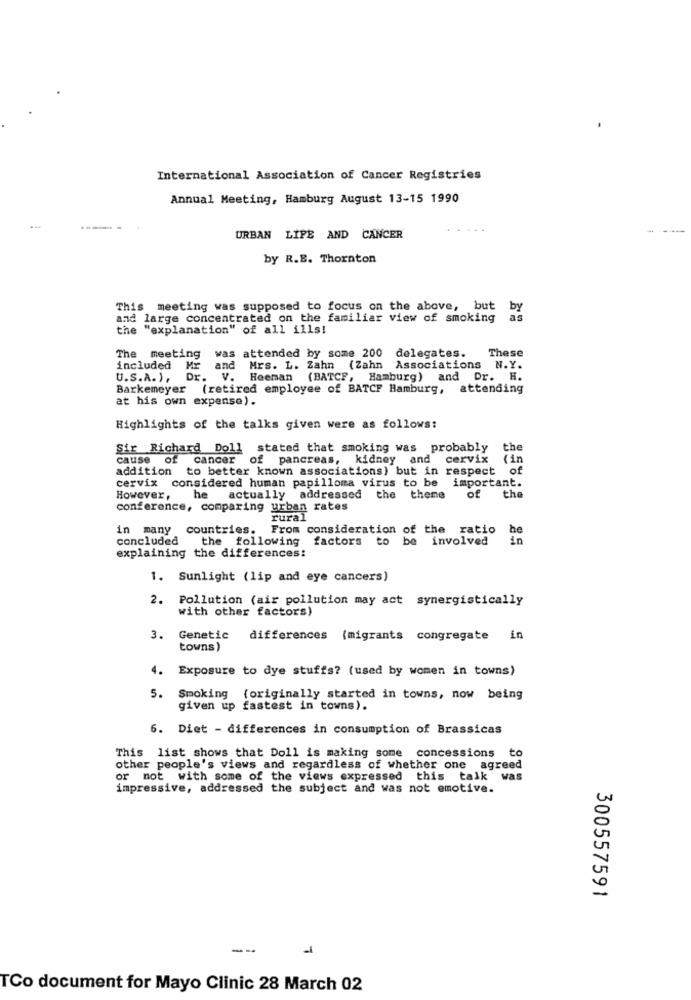
International Association of Cancer Registries
Annual Meeting, Hamburg August 13-15 1990
URBAN LIFE AND CANCER
by R.B. Thornton
This meeting was supposed to focus on the above, but
by
and large concentrated on the familiar view of smoking
as
the "explanation" of all ills!
The meeting was attended by some 200 delegates.
These
included Mr and Mrs. L. Zahn (Zahn Associations N.Y.
U.S.A. ), Dr. V. Heeman (BATCF, Hamburg) and Dr. H.
Barkemeyer (retired employee of BATCF Hamburg, attending
at his own expense).
Highlights of the talks given were as follows:
Sir Richard Doll stated that smoking was probably the
cause of
cancer of
pancreas, kidney and cervix
(in
addition to better known associations) but in respect of
cervix considered human papilloma virus to be important.
However,
he actually addressed the theme
of the
conference, comparing urban rates
rural
in many countries. From consideration of the ratio
concluded the following factors to
be
involved
explaining the differences:
1. Sunlight (lip and eye cancers)
Pollution (air pollution may act synergistically
with other factors)
3.
Genetic differences
{migrants congregate in
towns)
4. Exposure to dye stuffs? (used by women in towns)
5. Smoking (originally started in towns, now being
given up fastest in towns).
6. Diet - differences in consumption of Brassicas
This list shows that Doll is making some concessions to
other people's views and regardless of whether one agreed
or not with some of the views expressed this talk was
impressive, addressed the subject and was not emotive.
300557591
TCo document for Mayo Clinic 28 March 02